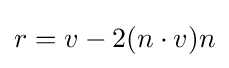
r=v-2(n\cdot v)n